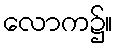
လောက၌။